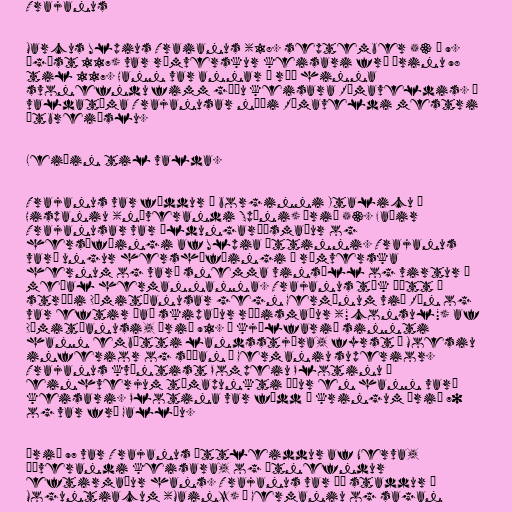
Trajanus

Marcus Ulpius Traianus (18. september 53 – 9.
ágúst 117) var rómverskur keisari frá árinu 98
til 117. Hann var annar í röð hinna
svonefndu fimm góðu keisara Rómaveldis. Á
valdatíma Trajanusar náði Rómaveldi mestri
útbreiðslu.

Leiðin til valda.

Trajanus var fæddur í borginni Italicu í
Hispaniu (núverandi Spáni) árið 53. Faðir
Trajanusar var öldungaráðsmaður og
hersöfðingi af Ulpia ættinni. Trajanus
varð ungur hershöfðingi í rómverska
hernum og varð snemma vinsæll og virtur á
meðal hermannanna. Trajanus tók þátt í
stríði Dómitíanusar gegn Germönum við Rín og
var eftir það skipaður ræðismaður ("consul") af
Dómitíanusi, árið 91. Í kjölfarið sinnti
hann embætti landsstjóra, fyrst í Moesiu
inferior og síðan í Germaniu superior.
Trajanus kvæntist Pompeiu Plotinu á
einhverjum tímapunkti áður en hann varð
keisari. Plotina var fædd í kringum árið 70
og var frá Gallíu.

Árið 97 var Trajanus ættleiddur af Nerva,
þáverandi keisara, og útnefndur
eftirmaður hans. Trajanus var þá staddur í
Moguntiacum (Mainz) í Germaniu og sagan